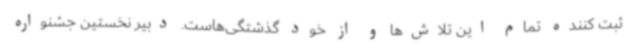
ثبت کننده تمام این تلاش‌ها و از خود گذشتگی‌هاست. دبیر نخستین جشنواره